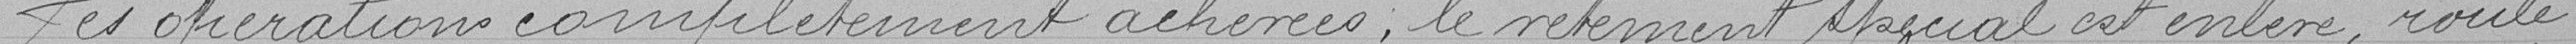
Les opérations complètement achevées, le vêtement spécial est enlevé, roulé